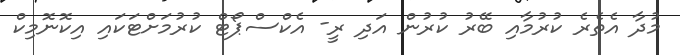
މުދާ އެތެރެ ކުރުމާއި ބޭރު ކުރުން އަދި ރީ- އެކްސްޕޯޓް ކުރުމަށްޓަކައި އިކޮނޮމިކް